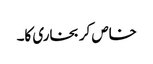
خاص کر بخاری کا۔